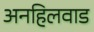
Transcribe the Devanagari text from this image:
अनहिलवाड